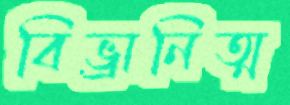
বিভ্রানিত্ম